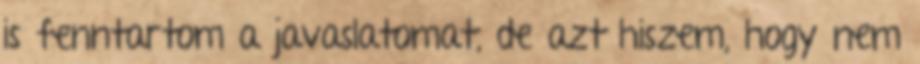
is fenntartom a javaslatomat, de azt hiszem, hogy nem